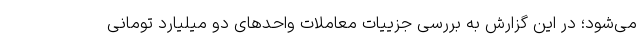
می‌شود؛ در این گزارش به بررسی جزییات معاملات واحدهای دو میلیارد تومانی